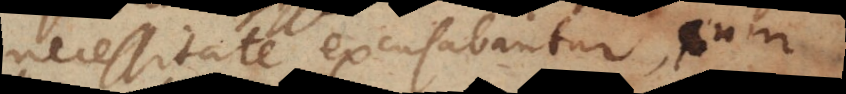
necessitate excusabantur, cum